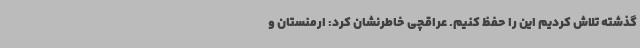
گذشته تلاش کردیم این را حفظ کنیم. عراقچی خاطرنشان کرد: ارمنستان و